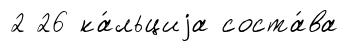
2 26 ка́льциjа соста́ва